Indian journal of veterinary science and animal husbandry - Volumes 26-27, 1956-1957
Year: 1956
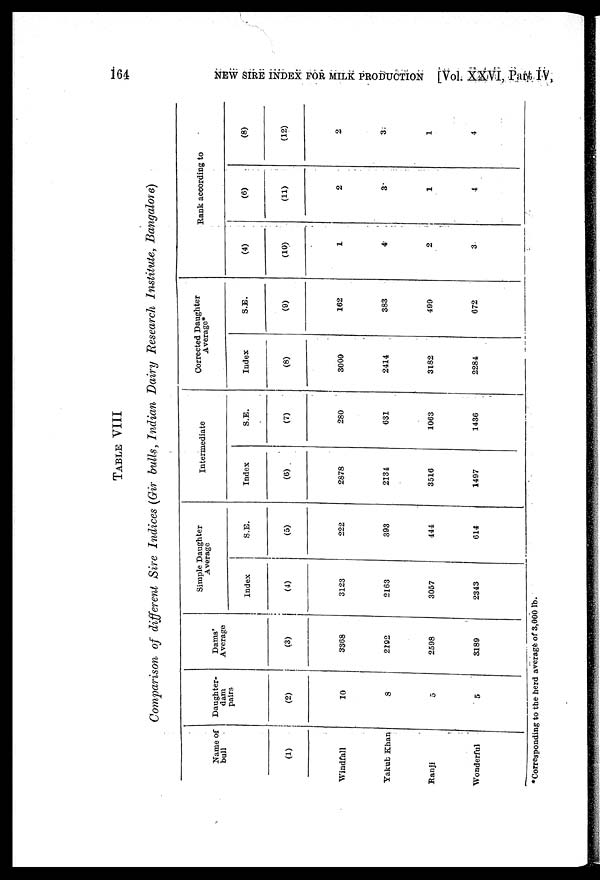
164
NEW SIRE INDEX FOR MILK PRODUCTION [Vol. XXVI, Part IV,
TABLE VIII
Comparison of different Sire Indices (Gir bulls, Indian Dairy Research Institute, Bangalore)
Name of
bull
(1)
Windfall
Yakub Khan
Ranji
Wonderful
Daughter-
dam
pairs
(2)
10
8
5
5
Dams'
Average
(3)
3368
2192
2598
3189
Simple Daughter
Average
Index
(4)
3123
2163
3057
2343
S.E.
(5)
222
393
444
614
Intermediate
Index
(6)
2878
2134
3516
1497
S.E.
(7)
280
631
1063
1436
Corrected Daughter
Average*
Index
(8)
3009
2414
3182
2284
S.E.
(9)
162
383
499
672
Rank according to
(4)
(10)
1
4
2
3
(6)
(11)
2
3
1
4
(8)
(12)
2
3
1
4
*Corresponding to the herd average of 3,000 lb.